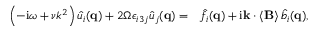
\begin{array} { r l } { \left( - \mathrm { i } \omega + \nu k ^ { 2 } \right) \hat { u } _ { i } ( \mathbf { q } ) + 2 \Omega \epsilon _ { i 3 j } \hat { u } _ { j } ( \mathbf { q } ) = } & { \hat { f } _ { i } ( \mathbf { q } ) + \mathrm { i } \mathbf { k } \cdot \left\langle \mathbf { B } \right\rangle \hat { b } _ { i } ( \mathbf { q } ) , } \end{array}